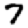
Digit: 7